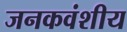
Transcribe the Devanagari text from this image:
जनकवंशीय